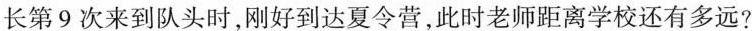
长第9次来到队头时，刚好到达夏令营，此时老师距离学校还有多远?